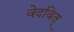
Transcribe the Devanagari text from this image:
वेदवित्